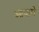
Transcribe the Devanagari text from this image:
आयारो